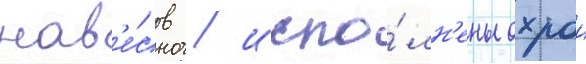
нав'е́сов / испо́лн'ены охрои